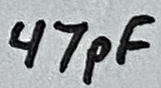
Text: 47pF